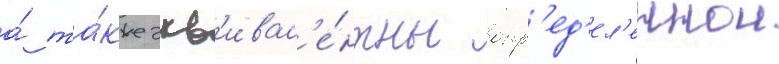
а́ та́кже экв'ивал'е́нтны опр'ед'ел'еннои